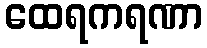
ထေရကရဏာ